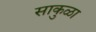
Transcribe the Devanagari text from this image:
साकुळा